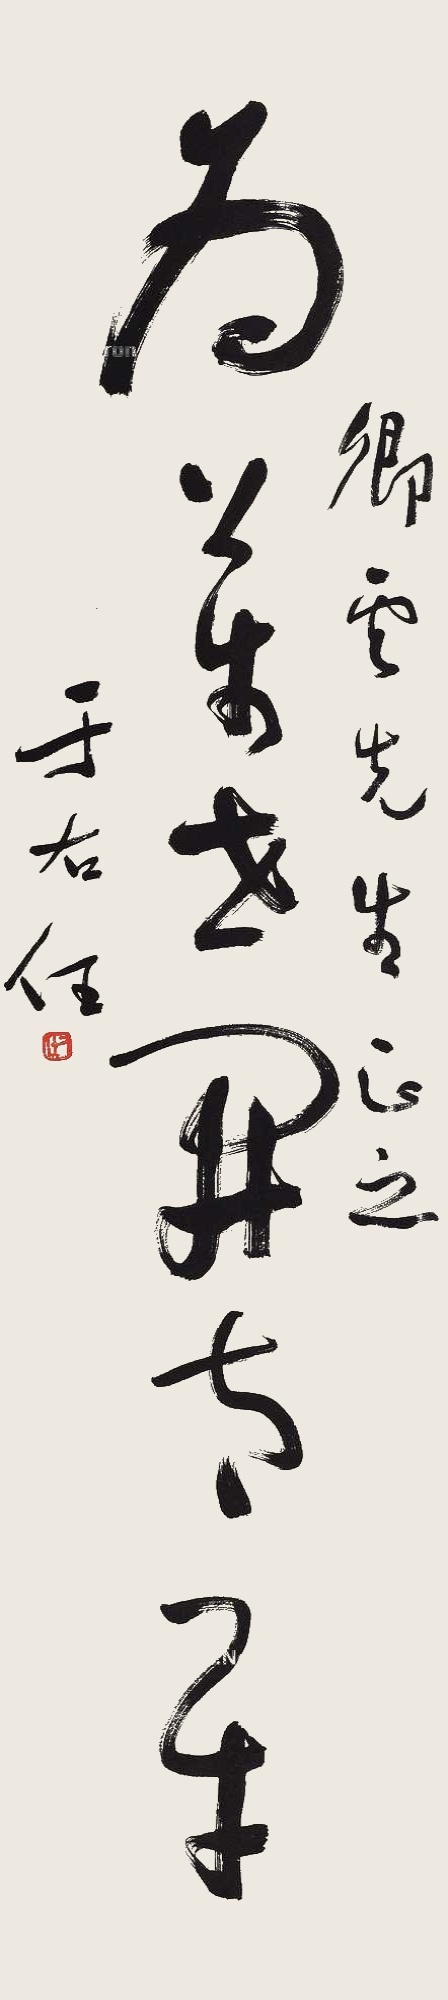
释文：为万世开太平。卿云先生正之，于右任。